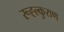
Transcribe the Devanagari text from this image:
रूह्ल्कुराण